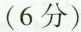
(6分)